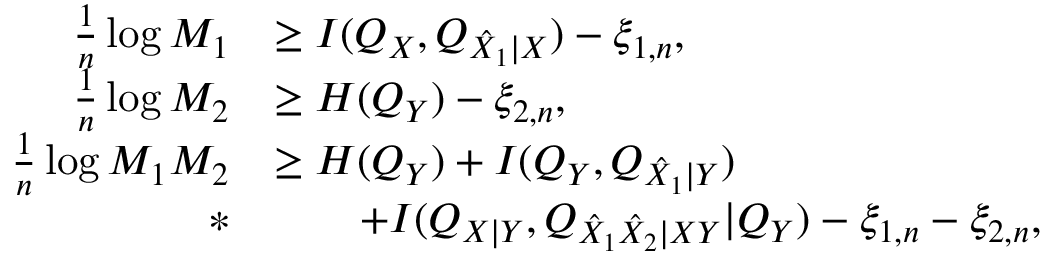
\begin{array} { r l } { \frac { 1 } { n } \log M _ { 1 } } & { \geq I ( Q _ { X } , Q _ { \hat { X } _ { 1 } | X } ) - \xi _ { 1 , n } , } \\ { \frac { 1 } { n } \log M _ { 2 } } & { \geq H ( Q _ { Y } ) - \xi _ { 2 , n } , } \\ { \frac { 1 } { n } \log M _ { 1 } M _ { 2 } } & { \geq H ( Q _ { Y } ) + I ( Q _ { Y } , Q _ { \hat { X } _ { 1 } | Y } ) } \\ { * } & { \qquad + I ( Q _ { X | Y } , Q _ { \hat { X } _ { 1 } \hat { X } _ { 2 } | X Y } | Q _ { Y } ) - \xi _ { 1 , n } - \xi _ { 2 , n } , } \end{array}